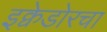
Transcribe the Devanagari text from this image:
इक्वेडोरचा